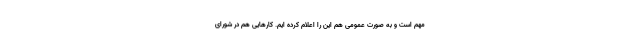
مهم است و به صورت عمومی هم این را اعلام کرده ایم. کارهایی هم در شورای